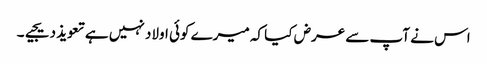
اس نے آپ سے عرض کیا کہ میرے کوئی اولاد نہیں ہے تعویذ دیجیے۔